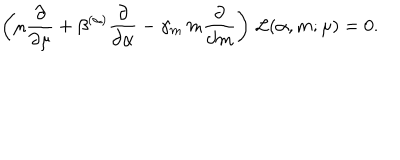
LaTeX: \left( \mu \frac { \partial } { \partial \mu } + \beta ^ { ( \alpha ) } \frac { \partial } { \partial \alpha } - \gamma _ { m } \, m \frac { \partial } { \partial m } \right) \, { \cal L } ( \alpha , m ; \mu ) = 0 .